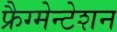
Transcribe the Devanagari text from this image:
फ्रैग्मेन्टेशन